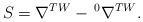
LaTeX: \begin{align*}S=\nabla^{TW}-\,^0\nabla^{TW}.\end{align*}